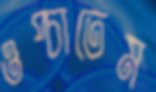
ওপ্‌চাতেম